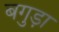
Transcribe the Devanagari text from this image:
बगुड़ा